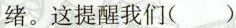
绪。这提醒我们()